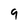
Character: g